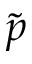
\tilde { p }